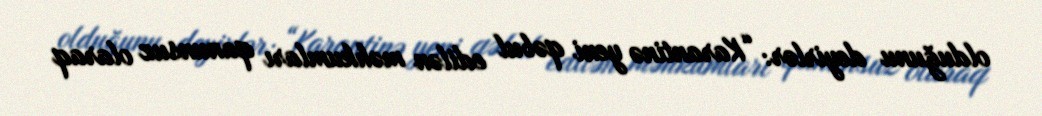
olduğunu deyirlər: “Karantinə yeni qəbul edilən məhkumları qanunsuz olaraq